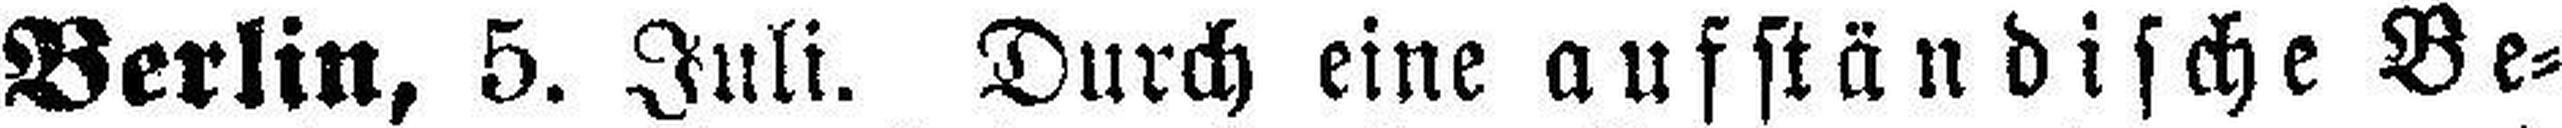
Berlin, 5. Juli. Durch eine aufständische Be¬